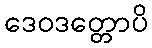
ဒေဝဒတ္တောပိ